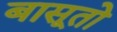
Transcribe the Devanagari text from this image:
बासूतो